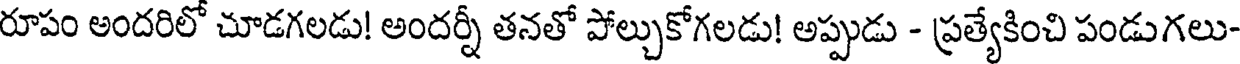
రూపం అందరిలో చూడగలడు! అందర్నీ తనతో పోల్చుకోగలడు! అప్పుడు - ప్రత్యేకించి పండుగలు-